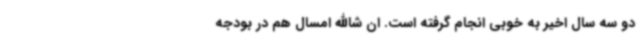
دو سه سال اخیر به خوبی انجام گرفته است. ان شاالله امسال هم در بودجه